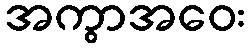
အကွာအဝေး